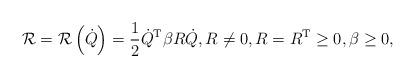
LaTeX: \begin{align*}\mathcal{R}=\mathcal{R}\left( \dot{Q}\right) =\frac{1}{2}\dot{Q}^{\mathrm{T}}\beta R\dot{Q},R\not =0,R=R^{\mathrm{T}}\geq0,\beta\geq0, \end{align*}